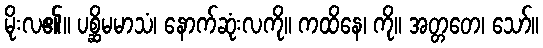
မိုးလ၏။ ပစ္ဆိမမာသံ၊ နောက်ဆုံးလကို။ ကထိနေ၊ ကို။ အတ္တတေ၊ သော်။